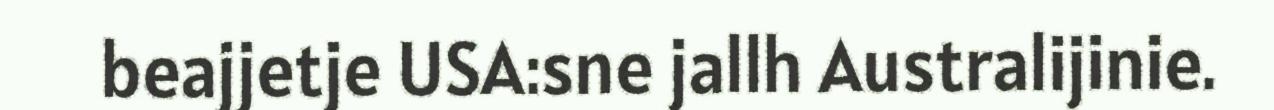
beajjetje USA:sne jallh Australijinie.